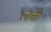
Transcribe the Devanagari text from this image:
लवो